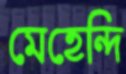
মেহেন্দি